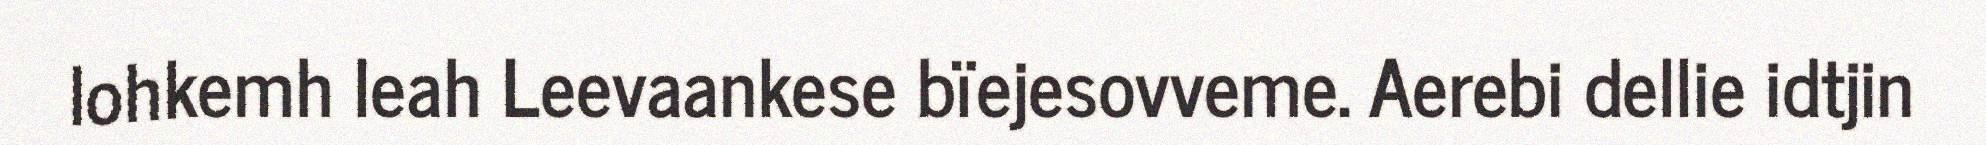
lohkemh leah Leevaankese bïejesovveme. Aerebi dellie idtjin